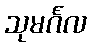
သုမင်္ဂလ